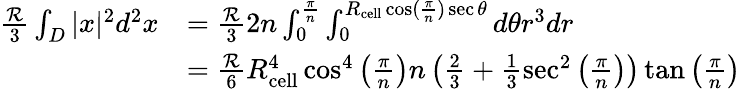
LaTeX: \begin{array}{rl}{\frac{\mathcal{R}}{3}\int_{D}|x|^{2}d^{2}x}&{=\frac{\mathcal{R}}{3}2n\int_{0}^{\frac{\pi}{n}}\int_{0}^{R_{\mathrm{cell}}\cos(\frac{\pi}{n})\sec\theta}d\theta r^{3}dr}\\ &{=\frac{\mathcal{R}}{6}R_{\mathrm{cell}}^{4}\cos^{4}\left(\frac{\pi}{n}\right)n\left(\frac{2}{3}+\frac{1}{3}\sec^{2}\left(\frac{\pi}{n}\right)\right)\tan\left(\frac{\pi}{n}\right)}\end{array}